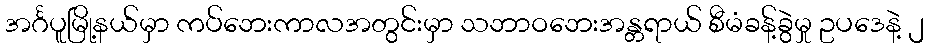
အင်္ဂပူမြို့နယ်မှာ ကပ်ဘေးကာလအတွင်းမှာ သဘာဝဘေးအန္တရာယ် စီမံခန့်ခွဲမှု ဥပဒေနဲ့ ၂